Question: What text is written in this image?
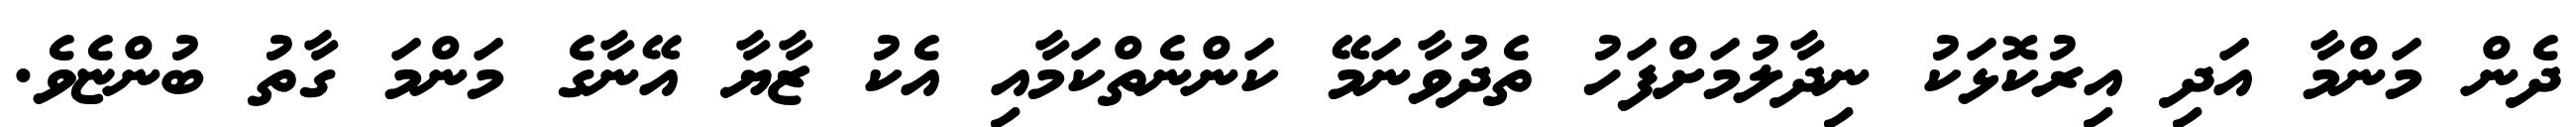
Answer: ދެން މަންމާ އަދި އިރުކޮޅަކު ނިދާލުމަށްފަހު ތެދުވާނަމޭ ކަންނެތްކަމާއި އެކު ޒާޔާ އޭނާގެ މަންމަ ގާތު ބުންޏެވެ.